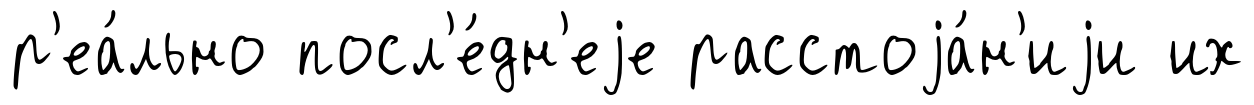
р'еа́льно посл'е́дн'еjе расстоjа́н'иjи их